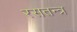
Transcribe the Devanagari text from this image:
रसतन्त्र